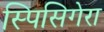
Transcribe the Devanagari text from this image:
स्पिसिगेरा